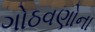
ગોઠવણોના